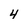
Character: 4